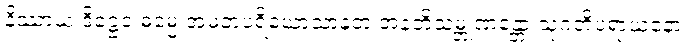
နိဿာယ ဒိဋ္ဌေဝ ဓမ္မေ အမတပရိယောသာနတံ အနဘိသမ္ဘုဏန္တော သုဂတိပရာယနော